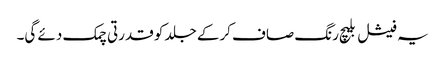
یہ فیشل بلیچ رنگ صاف کرکے جلد کو قدرتی چمک دئے گی۔